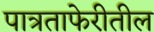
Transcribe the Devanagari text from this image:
पात्रताफेरीतील